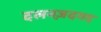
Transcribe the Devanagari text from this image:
दलनज़दगद